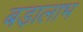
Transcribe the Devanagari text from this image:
बड़ालाभ